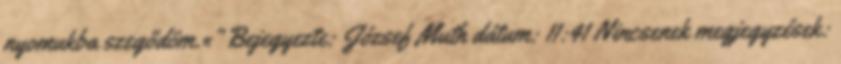
nyomukba szegődöm.«” Bejegyezte: József Muth dátum: 11:41 Nincsenek megjegyzések: